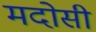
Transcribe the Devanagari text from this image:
मदोसी